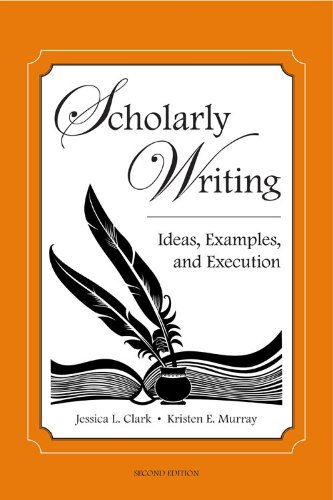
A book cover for Scholarly Writing: Ideas, Examples, and Execution, Second Edition; Jessica L. Clark; Law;